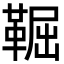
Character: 𩋎